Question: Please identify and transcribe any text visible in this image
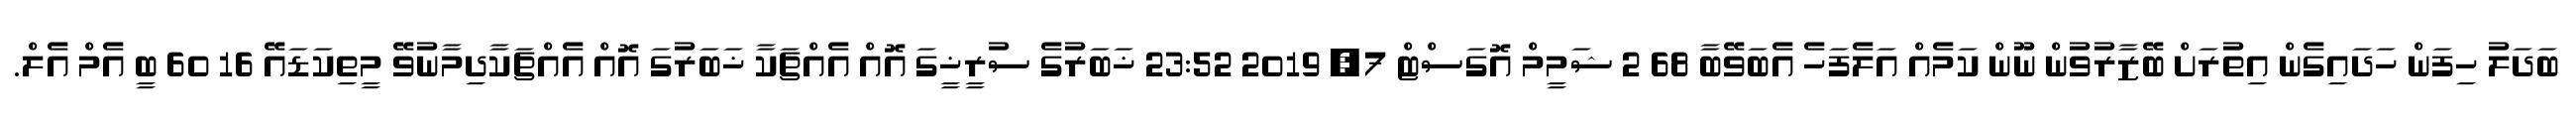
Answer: ބަދަލު ހިފަން ހަދައިގެން އިތުރަށް ބޭޒާރުވުން ނޫން ކަމެއް އަލެފަހެ އެބަވޭބާ 68 2 ޝަމީމް އޮގަސްޓް 7, 2019 23:52 ޚަބަރުގެ ސުރީޚީގަ އޮއް އެއްޗަކާ ޚަބަރުގަ އޮއް އެއްޗަކާދިމާނުވޭ މީތިކަޑައޭ 16 60 ބީ އެމް އެލް.